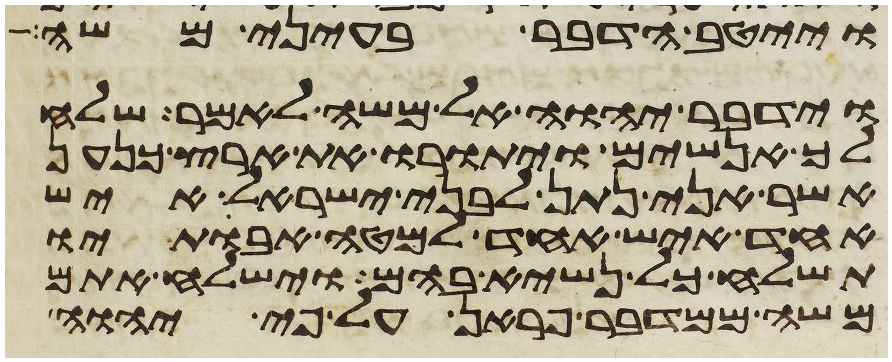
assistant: וייטב הדבר בעיני משה
וידבר יהוה אל משה לאמר שלח
לך אנשים ויתורו את ארץ כנען
אשר אני נתן לבני ישראל איש
אחד איש אחד למטה אבתיו
תשלח כל נשיא בהם וישלח אתם
משה ממדבר פראן על פי יהוה